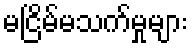
မငြိမ်မသက်မှုများ